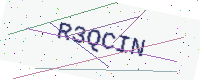
Text: R3QCIN